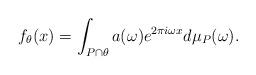
LaTeX: \begin{align*} f_\theta(x) = \int_{P \cap \theta} a(\omega) e^{2 \pi i \omega x} d \mu_P(\omega). \end{align*}